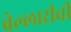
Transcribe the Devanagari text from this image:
बेल्लारीची